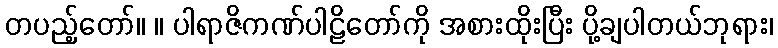
တပည့်တော်။ ။ ပါရာဇိကဏ်ပါဠိတော်ကို အစားထိုးပြီး ပို့ချပါတယ်ဘုရား၊